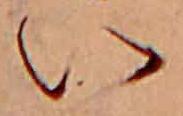
い